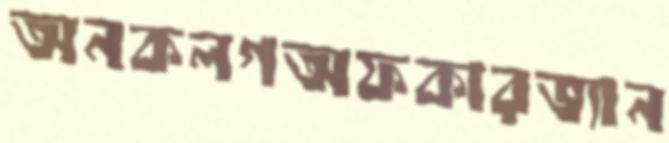
অনকলগঅফকারভ্যান